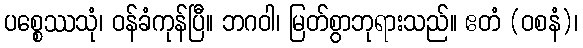
ပစ္စေဿသုံ၊ ဝန်ခံကုန်ပြီ။ ဘဂဝါ၊ မြတ်စွာဘုရားသည်။ ဧတံ (ဝစနံ)၊